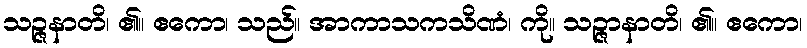
သဉ္ဇနာတိ၊ ၏။ ဧကော၊ သည်။ အာကာသကသိဏံ၊ ကို။ သဉ္ဇာနာတိ၊ ၏။ ဧကော၊